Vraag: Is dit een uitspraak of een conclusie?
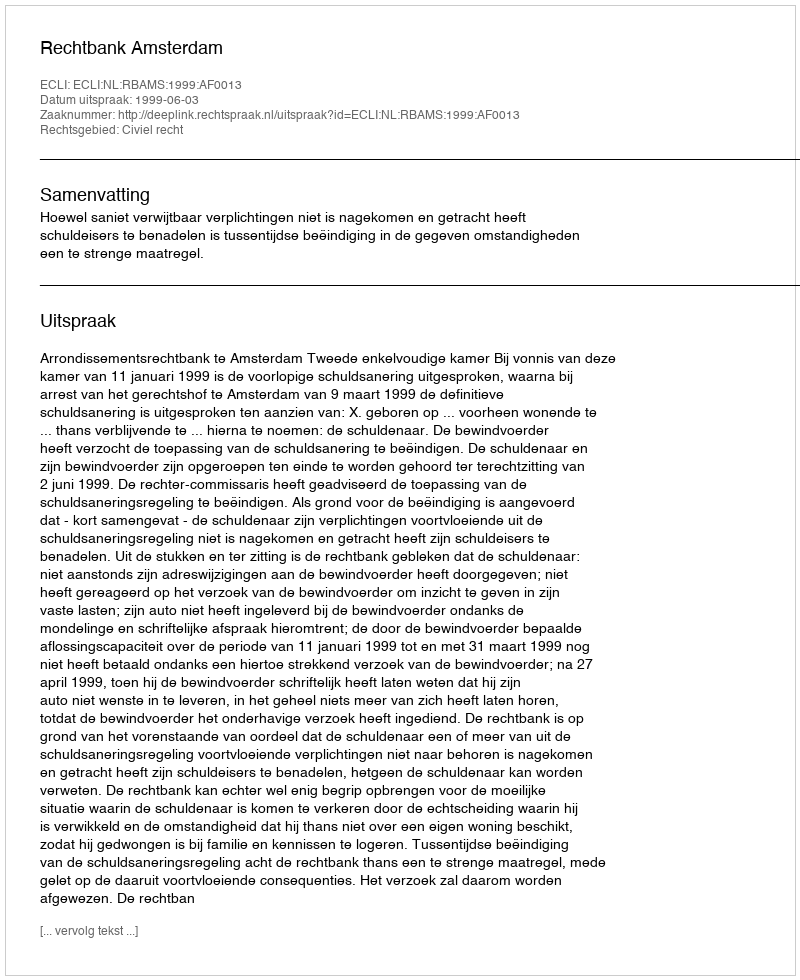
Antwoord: Uitspraak